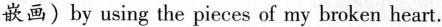
嵌画)by using the pieces of my broken heart.